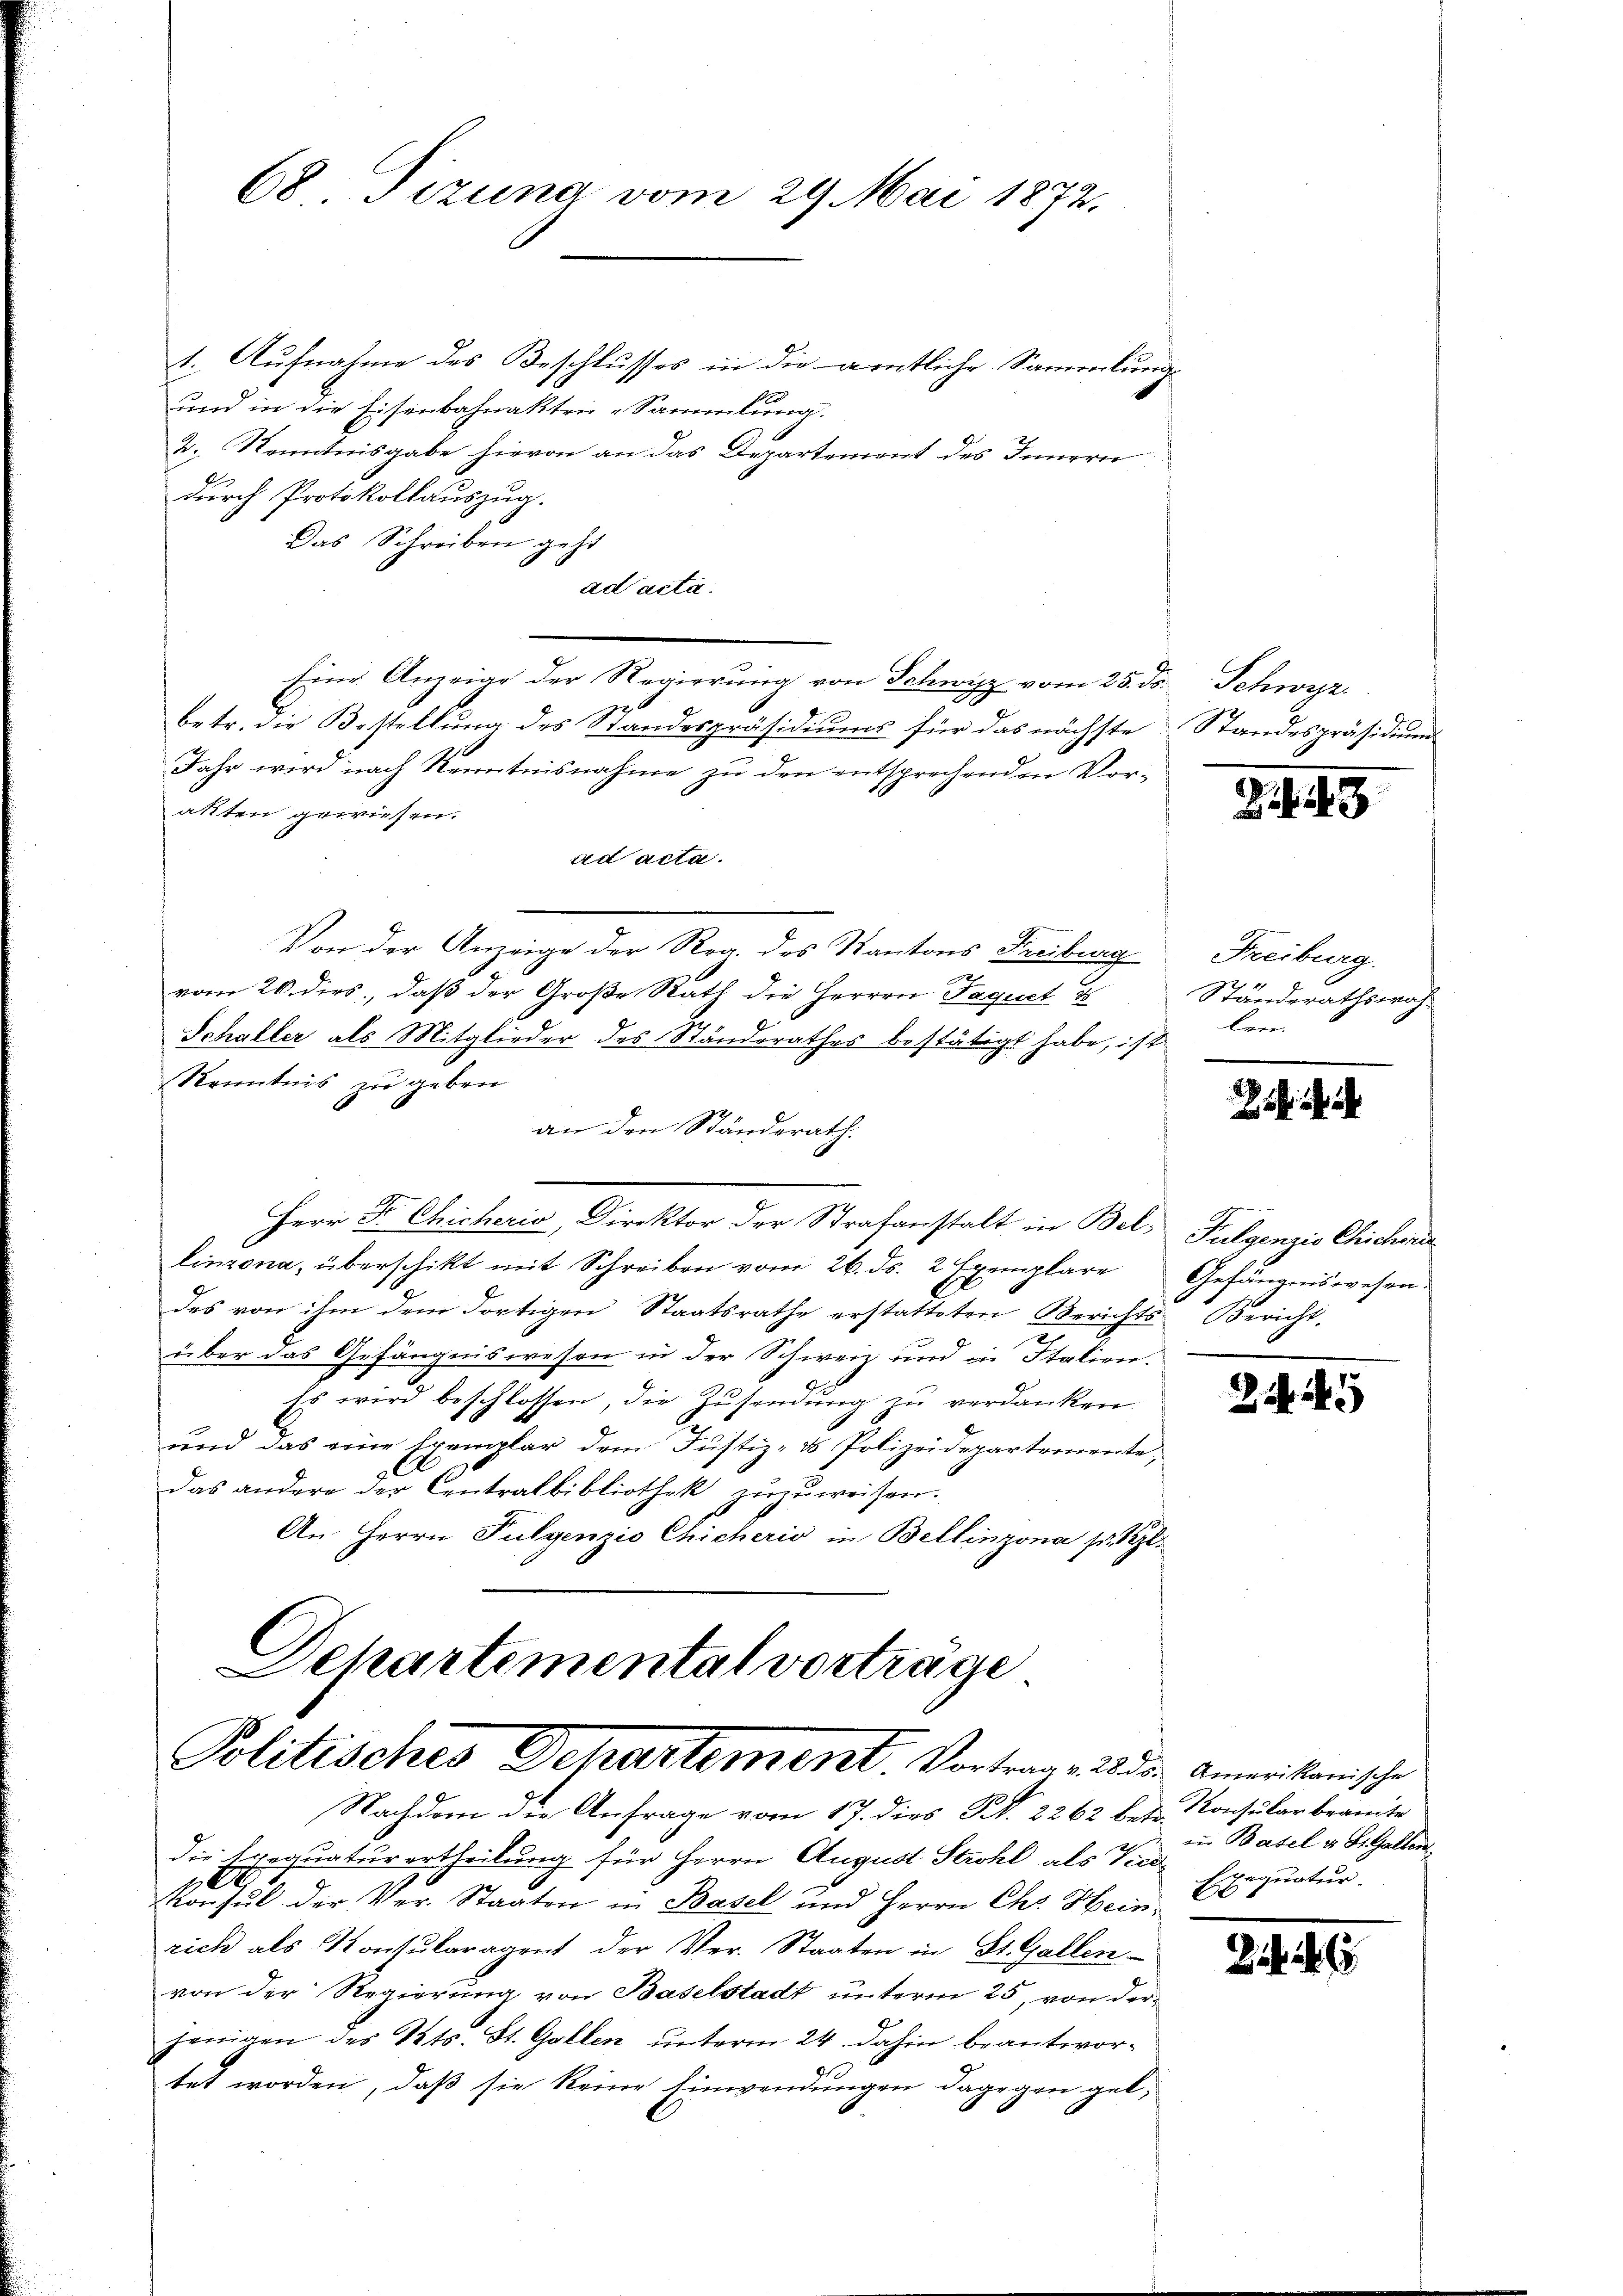
1. Aufnahme des Beschlusses in die amtliche Sammlung
und in die Eisenbahnakten Sammlung.
2. Kenntnisgabe hievon an das Departement des Innern
durch Protokollauszug.
Das Schreiben geht
ad acta.
Eine Anzeige der Regierung von Schwyz vom 25. ds. Schwyz
betr. die Bestellung des Standespräsidiums für das nächste Standespräsidium
Jahr wird nach Kenntnisnahme zu den entsprechenden Vor-
akten gewiesen.
ad acta.
Von der Anzeige der Reg. des Kantons Freiburg
vom 20. dies, daß der Große Rath die Herren Jaquet u
Schaller als Mitglieder des Standsrathes bestätigt habe, ist
Kenntnis zu geben
an den Ständerath.
Herr Dr. Chicheris, Direktor der Strafanstalt in Bel, Fulgenzis Chichende
linzona, überschikt mit Schreiben vom 26. ds. 2 Exemplare Gefängniswesen.
des von ihm dem dortigen Staatsrathe erstatteten Berichts Bericht,
über das Gefängniswesen in der Schweiz und in Italien-
Es wird beschlossen, die Zŭsendŭng zŭ verdanken.
und das eine Exemplar dem Justiz- & Polizeidepartemente,
das andere der Centralbibliothek zuzuweisen.
An Herrn Fulgenzio Chicheris in Bellinzona s. Bl.

68 Tizung vom 29. Mai 1872.

Schartemental vorträge
Politisches Departement. Vortrag zu den Ameristanische

Nachdem die Anfrage vom 17. dies Fr. 2262 betr. Konsularbeamte
die Exequaturertheilung für Herrn August Strohl als Vicekonsul der Ver- Staaten in Basel und Herrn Chr. Heinrich als Konsularagent der Ver- Staaten in St. Gallen
von der Regierung von Baselstadt unterm 25. von der
jenigen des Kts. St. Gallen unterm 24. dahin beantwortet worden, daß sie keine Einwendungen dagegen gel¬

241. 49

Freiburg.
Ständerathswahlen.

zu Basel v. St. Gallen
pequatur.
20

34. 46